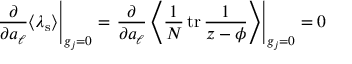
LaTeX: \left. \frac { \partial } { \partial a _ { \ell } } \langle \lambda _ { \mathrm { s } } \rangle \right| _ { g _ { j } = 0 } = \left. \frac { \partial } { \partial a _ { \ell } } \left\langle \frac 1 N \, \mathrm { t r } \, \frac { 1 } { z - \phi } \right\rangle \right| _ { g _ { j } = 0 } = 0